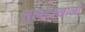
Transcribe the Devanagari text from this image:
सावटाखाली